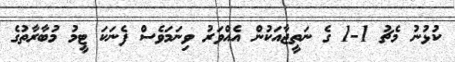
ކުޅުނު މެޗު 1-1 ގެ ނަތީޖާއަކުން އެއްވަރު ވިނަމަވެސް ފެނަކަ ޓީމު މުބާރާތުގެ